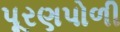
પૂરણપોળી